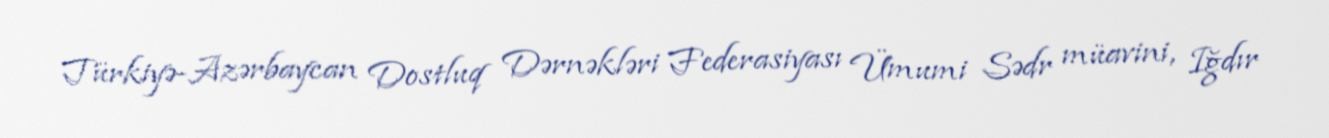
Türkiyə-Azərbaycan Dostluq Dərnəkləri Federasiyası Ümumi Sədr müavini, Iğdır